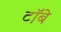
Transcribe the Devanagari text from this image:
टॉबे